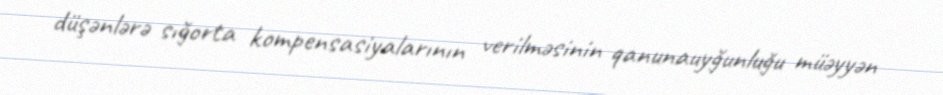
düşənlərə sığorta kompensasiyalarının verilməsinin qanunauyğunluğu müəyyən